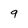
Character: 9